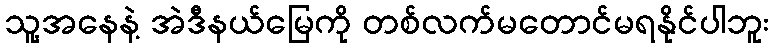
သူ့အနေနဲ့ အဲဒီနယ်မြေကို တစ်လက်မတောင်မရနိုင်ပါဘူး